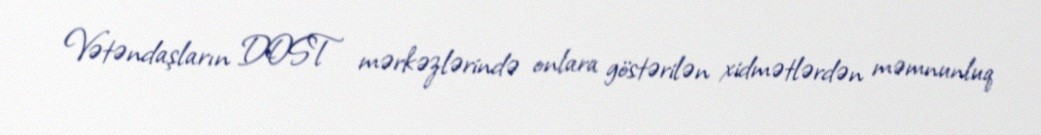
Vətəndaşların DOST mərkəzlərində onlara göstərilən xidmətlərdən məmnunluq